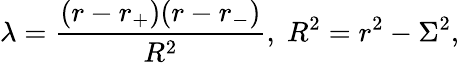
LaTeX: \lambda=\frac{(r-r_{+})(r-r_{-})}{R^{2}},\; R^{2}=r^{2}-\Sigma^{2},